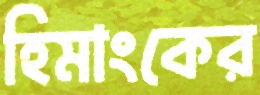
হিমাংকের